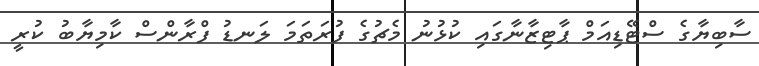
ސާބިޔާގެ ސްޓޭޑިއަމް ޕާޓިޒާނާގައި ކުޅުނު މެޗުގެ ފުރަތަމަ ލަނޑު ފްރާންސް ކާމިޔާބު ކުރީ